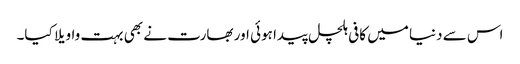
اس سے دنیا میں کافی ہلچل پیدا ہوئی اور بھارت نے بھی بہت واویلا کیا۔